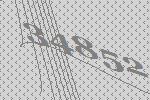
34852